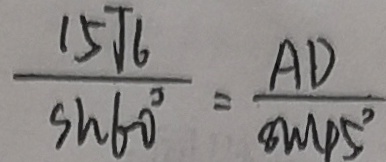
\frac { 1 5 t 6 } { s h 6 0 ^ { \circ } } = \frac { A D } { \sin 9 5 ^ { \circ } }